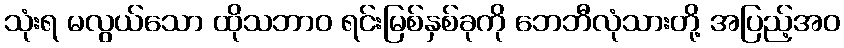
သုံးရ မလွယ်သော ထိုသဘာဝ ရင်းမြစ်နှစ်ခုကို ဘေဘီလုံသားတို့ အပြည့်အဝ